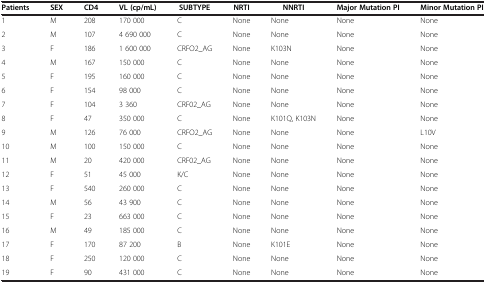
<table><thead><tr><td><b>Patients</b></td><td><b>SEX</b></td><td><b>CD4</b></td><td><b>VL (cp/mL)</b></td><td><b>SUBTYPE</b></td><td><b>NRTI</b></td><td><b>NNRTI</b></td><td><b>Major Mutation PI</b></td><td><b>Minor Mutation PI</b></td></tr></thead><tbody><tr><td>1</td><td>M</td><td>208</td><td>170 000</td><td>C</td><td>None</td><td>None</td><td>None</td><td>None</td></tr><tr><td>2</td><td>M</td><td>107</td><td>4 690 000</td><td>C</td><td>None</td><td>None</td><td>None</td><td>None</td></tr><tr><td>3</td><td>F</td><td>186</td><td>1 600 000</td><td>CRFO2_AG</td><td>None</td><td>K103N</td><td>None</td><td>None</td></tr><tr><td>4</td><td>M</td><td>167</td><td>150 000</td><td>C</td><td>None</td><td>None</td><td>None</td><td>None</td></tr><tr><td>5</td><td>F</td><td>195</td><td>160 000</td><td>C</td><td>None</td><td>None</td><td>None</td><td>None</td></tr><tr><td>6</td><td>F</td><td>154</td><td>98 000</td><td>C</td><td>None</td><td>None</td><td>None</td><td>None</td></tr><tr><td>7</td><td>F</td><td>104</td><td>3 360</td><td>CRF02_AG</td><td>None</td><td>None</td><td>None</td><td>None</td></tr><tr><td>8</td><td>F</td><td>47</td><td>350 000</td><td>C</td><td>None</td><td>K101Q, K103N</td><td>None</td><td>None</td></tr><tr><td>9</td><td>M</td><td>126</td><td>76 000</td><td>CRFO2_AG</td><td>None</td><td>None</td><td>None</td><td>L10V</td></tr><tr><td>10</td><td>M</td><td>100</td><td>150 000</td><td>C</td><td>None</td><td>None</td><td>None</td><td>None</td></tr><tr><td>11</td><td>M</td><td>20</td><td>420 000</td><td>CRF02_AG</td><td>None</td><td>None</td><td>None</td><td>None</td></tr><tr><td>12</td><td>F</td><td>51</td><td>45 000</td><td>K/C</td><td>None</td><td>None</td><td>None</td><td>None</td></tr><tr><td>13</td><td>F</td><td>540</td><td>260 000</td><td>C</td><td>None</td><td>None</td><td>None</td><td>None</td></tr><tr><td>14</td><td>M</td><td>56</td><td>43 900</td><td>C</td><td>None</td><td>None</td><td>None</td><td>None</td></tr><tr><td>15</td><td>F</td><td>23</td><td>663 000</td><td>C</td><td>None</td><td>None</td><td>None</td><td>None</td></tr><tr><td>16</td><td>M</td><td>49</td><td>185 000</td><td>C</td><td>None</td><td>None</td><td>None</td><td>None</td></tr><tr><td>17</td><td>F</td><td>170</td><td>87 200</td><td>B</td><td>None</td><td>K101E</td><td>None</td><td>None</td></tr><tr><td>18</td><td>F</td><td>250</td><td>120 000</td><td>C</td><td>None</td><td>None</td><td>None</td><td>None</td></tr><tr><td>19</td><td>F</td><td>90</td><td>431 000</td><td>C</td><td>None</td><td>None</td><td>None</td><td>None</td></tr></tbody></table>